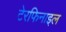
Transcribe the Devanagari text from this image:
टेरफिनाइल